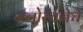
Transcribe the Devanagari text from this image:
मनोरचनेचे